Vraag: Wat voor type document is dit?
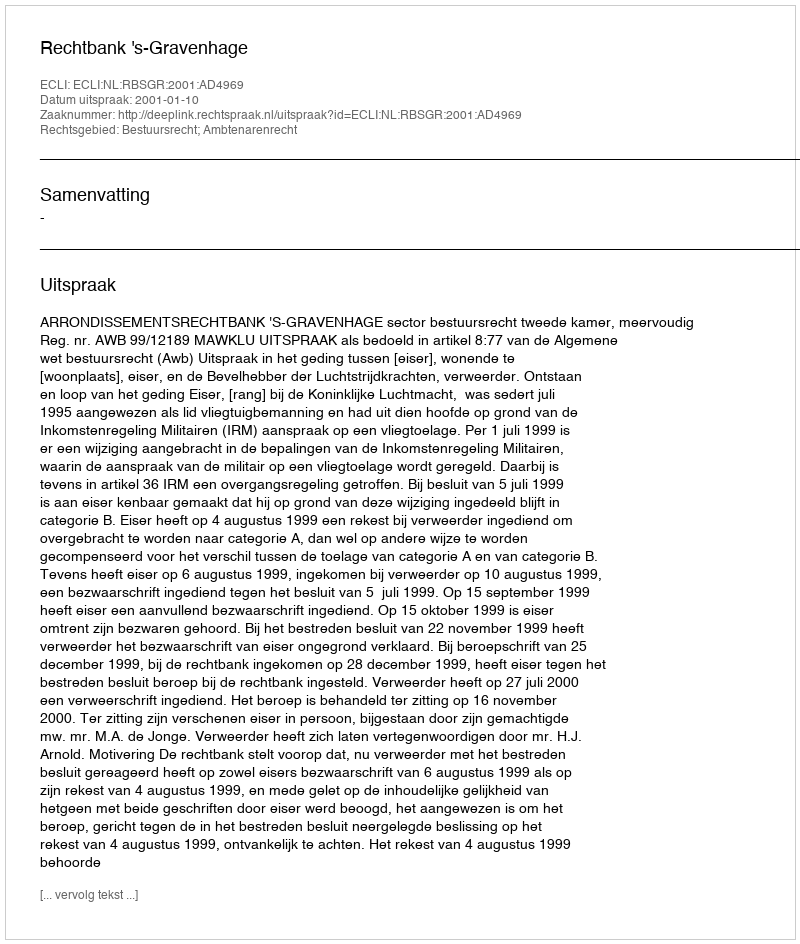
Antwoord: Uitspraak